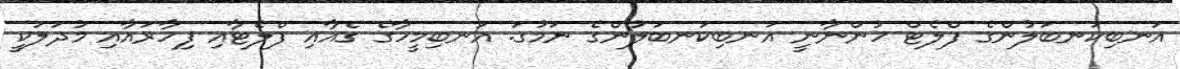
އަނބިކަނބަލުންގެ ފްލެޓް ހުންނާނީ އަނބިކަނބަލުންގެ ނަމުގަ. އަނބިމީހާގެ ގެއާއި ފްލެޓާއި ފިހާރައާއި މުދަލަކީ